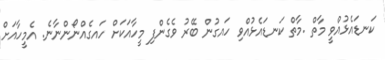
ކަނޑައެޅުއްވީ މާތް .މާތް ކަނޑައެޅުއްވި ހައގުން ބޭރު ވެގެންފި މީހާއަކަށް ހައގެއްނޯންނާނެ. އެމީހާއަށް